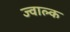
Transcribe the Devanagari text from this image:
ज्वाल्क